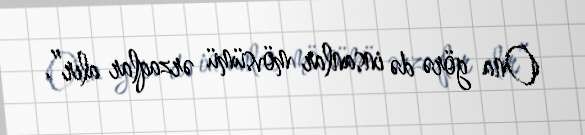
Ona görə də insanlar mövsümü ərzaqlar alır”.